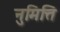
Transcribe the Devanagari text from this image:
नुमित्ति